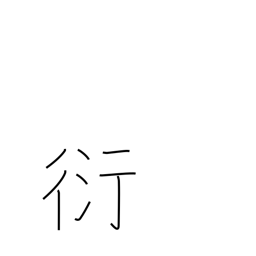
Meaning: overflowing